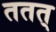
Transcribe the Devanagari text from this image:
ततत्‌